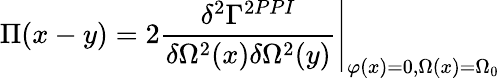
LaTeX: \Pi(x-y)=2\left.\frac{\delta^{2}\Gamma^{2PPI}}{\delta\Omega^{2}(x)\delta\Omega^{2}(y)}\right|_{\varphi(x)=0,\Omega(x)=\Omega_{0}}